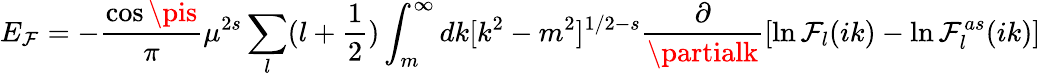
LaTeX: E_{\mathcal{F}}=-{\frac{{\cos{\pis}}}{{\pi}}}\mu^{2s}\sum_{l}(l+\frac{1}{2})\int_{m}^{\infty}dk[k^{2}-m^{2}]^{1/2-s}\frac{{\partial}}{{\partialk}}[\ln\mathcal{F}_{l}(ik)-\ln\mathcal{F}_{l}^{as}(ik)]